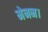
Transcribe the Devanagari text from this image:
मेनन।